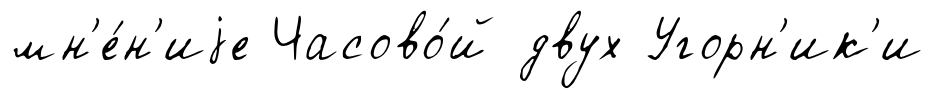
мн'е́н'иjе Часово́й двух Угорн'ик'и